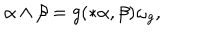
LaTeX: \alpha \wedge \beta = g ( * \alpha , \beta ) \omega _ { g } ,